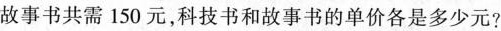
故事书共需150元，科技书和故事书的单价各是多少元?